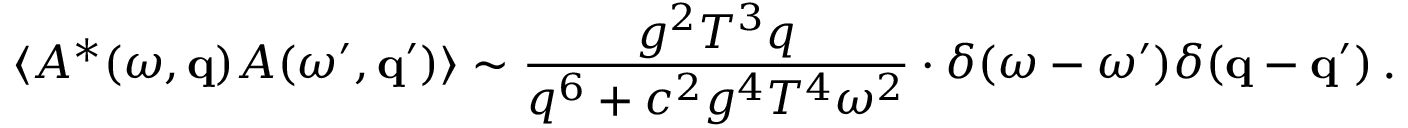
\langle A ^ { * } ( \omega , { \bf q } ) A ( \omega ^ { \prime } , { \bf q } ^ { \prime } ) \rangle \sim { \frac { g ^ { 2 } T ^ { 3 } q } { q ^ { 6 } + c ^ { 2 } g ^ { 4 } T ^ { 4 } \omega ^ { 2 } } } \cdot \delta ( \omega - \omega ^ { \prime } ) \delta ( { \bf q } - { \bf q } ^ { \prime } ) \, .